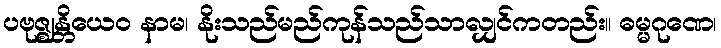
ပဗုဇ္ဈန္တိယေဝ နာမ၊ နိုးသည်မည်ကုန်သည်သာလျှင်ကတည်း။ ဓမ္မဂုဏေ၊